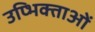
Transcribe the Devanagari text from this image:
उप्भिक्ताओं